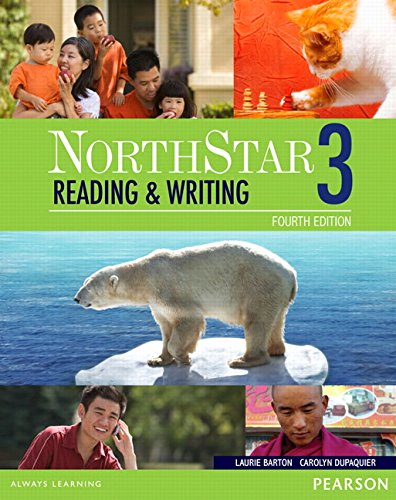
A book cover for NorthStar Reading and Writing 3 with MyEnglishLab (4th Edition); Laurie Barton; Reference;